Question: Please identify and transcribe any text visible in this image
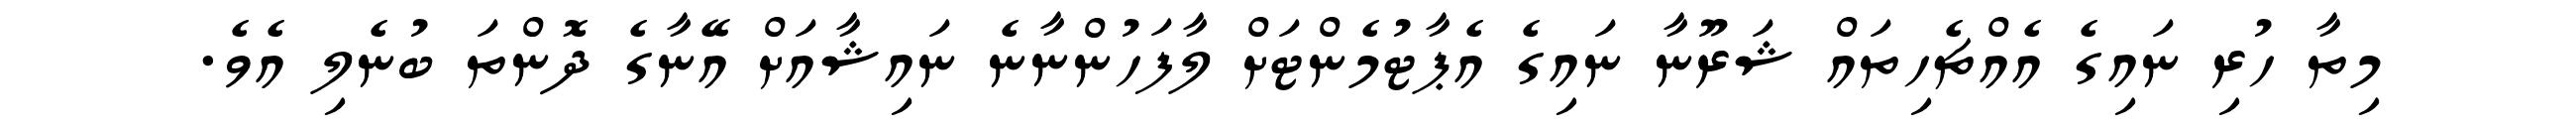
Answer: މިތާ ހުރި ނައިގެ އެއްޗެހިތައް ޝަރޫނާ ނައިގެ އެޕާޓުމެންޓަށް ލާފަހުންނާނެ ނައިޝާއަށް އޭނާގެ ދޮންތަ ބުނެލި އެވެ.